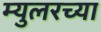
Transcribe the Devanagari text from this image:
म्युलरच्या